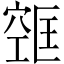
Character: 𫁔